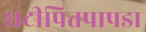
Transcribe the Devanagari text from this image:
घटीपित्तपापडा